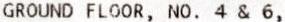
GROUND FLOOR, NO. 4 & 6,